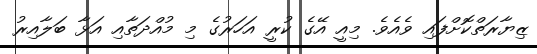
ޒިޔާރަތްކޮށްފައި ވެއެވެ. މިއީ އޭގެ ކުރީ އަހަރުގެ މި މުއްދަތާއި އަޅާ ބަލާއިރު